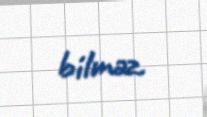
bilməz.